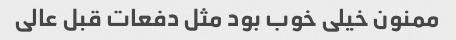
ممنون خیلی خوب بود مثل دفعات قبل عالی